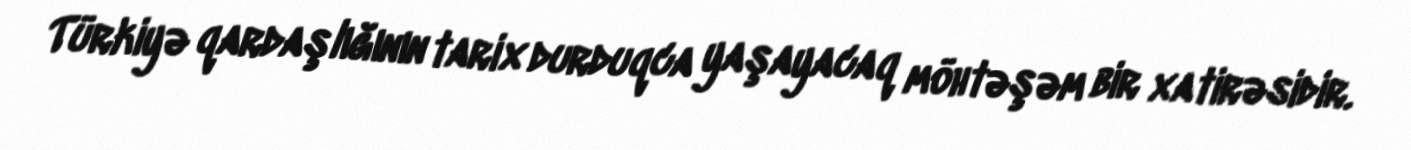
Türkiyə qardaşlığının tarix durduqca yaşayacaq möhtəşəm bir xatirəsidir.